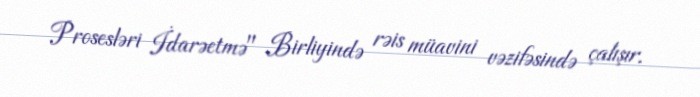
Prosesləri İdarəetmə" Birliyində rəis müavini vəzifəsində çalışır.